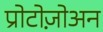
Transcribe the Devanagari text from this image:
प्रोटोज़ोअन